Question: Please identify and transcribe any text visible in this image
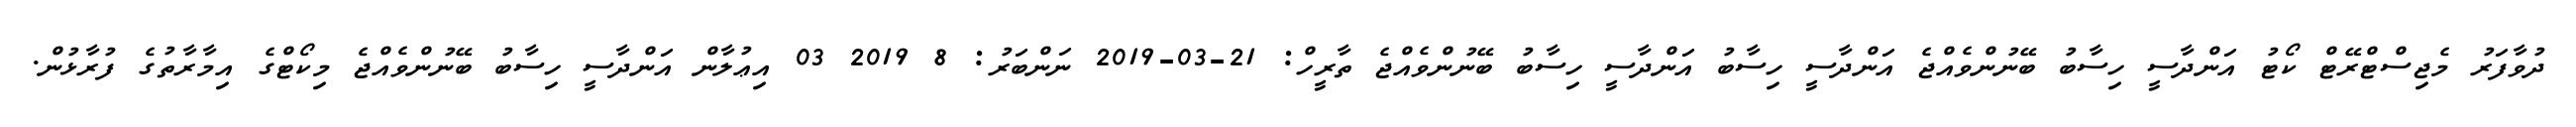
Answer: ދުވާފަރު މެޖިސްޓްރޭޓް ކޯޓު އަންދާސީ ހިސާބު ބޭނުންވެއްޖެ އަންދާސީ ހިސާބު އަންދާސީ ހިސާބު ބޭނުންވެއްޖެ ތާރީހް: 21-03-2019 ނަންބަރު: 8 2019 03 އިޢުލާން އަންދާސީ ހިސާބު ބޭނުންވެއްޖެ މިކޯޓްގެ އިމާރާތުގެ ފުރާޅުން.